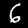
Digit: 6